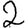
Digit: 2